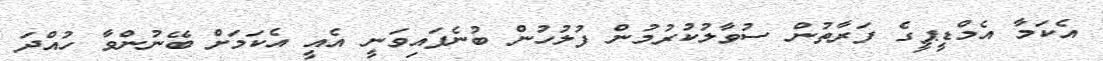
އެކަމާ އެމްޑީޕީގެ ފަރާތުން ސުވާލުކުރުމުން ފުލުހުން ބުނެފައިވަނީ އެއީ އެކަމަށް ބޭނުންވާ ހުއްދަ